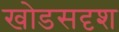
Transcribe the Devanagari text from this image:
खोडसदृश